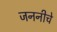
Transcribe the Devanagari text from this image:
जननीचे